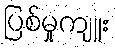
ပြစ်မှုကျူး